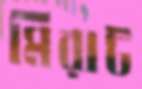
মিরাট